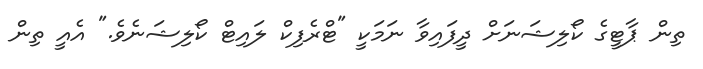
ތިން ޕާޓީގެ ކޯލިޝަނަށް ދީފައިވާ ނަމަކީ "ޓްރެފިކް ލައިޓް ކޯލިޝަނެވެ." އެއީ ތިން